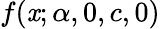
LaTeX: f(\mathit{x};\alpha,0,c,0)